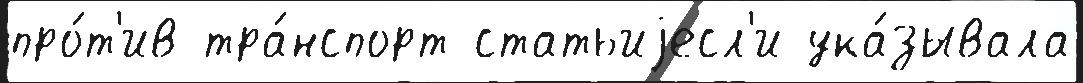
про́т'ив тра́нспорт статьиjесл'и ука́зывала